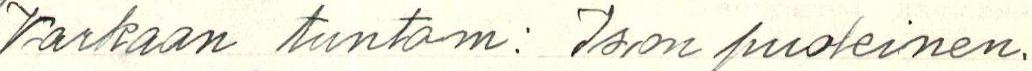
Varkaan tuntom: Ison puoleinen,